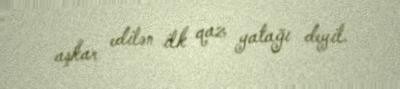
aşkar edilən ilk qaz yatağı deyil.